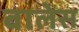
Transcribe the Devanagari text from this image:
बालेस